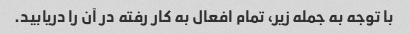
با توجه به جمله زیر، تمام افعال به کار رفته در آن را دریابید.